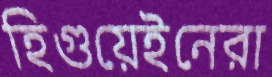
হিগুয়েইনেরা